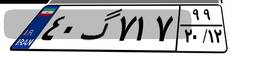
۴۰گ۷۱۷۹۹